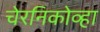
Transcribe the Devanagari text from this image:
चेरनिकोव्हा